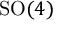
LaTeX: \mathrm { S O } ( 4 )